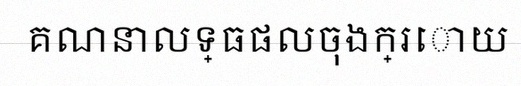
គណនាលទ្ធផលចុងក្រោយ